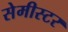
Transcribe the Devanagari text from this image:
सेमीस्टर